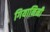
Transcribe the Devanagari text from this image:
गियानिनी